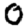
Digit: 0